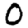
Digit: 0